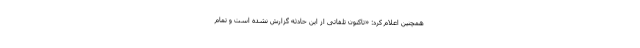
همچنین اعلام کرد: «تاکنون تلفاتی از این حادثه گزارش نشده است و تمام